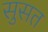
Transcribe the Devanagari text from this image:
सुसत